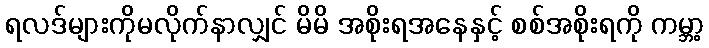
ရလဒ်များကိုမလိုက်နာလျှင် မိမိ အစိုးရအနေနှင့် စစ်အစိုးရကို ကမ္ဘာ့